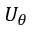
U _ { \theta }